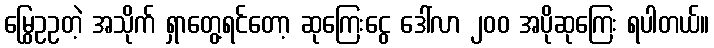
မြွေဥဥတဲ့ အသိုက် ရှာတွေ့ရင်တော့ ဆုကြေးငွေ ဒေါ်လာ ၂၀၀ အပိုဆုကြေး ရပါတယ်။